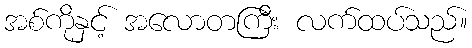
အစ်ကိုနှင့် အလောတကြီး လက်ထပ်သည်။